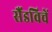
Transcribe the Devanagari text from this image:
सैंडविचें